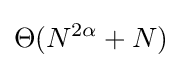
\Theta (N^{2\alpha }+N)